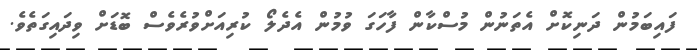
ފައިބަމުން ދަނިކޮށް އެތަނުން މުސްކާން ފާހަގަ ވުމުން އެދެލޯ ކުރިއަށްވުރެވެސް ބޮޑަށް ވިދައިގަތެވެ.